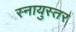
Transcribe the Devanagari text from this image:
स्नायुस्तर